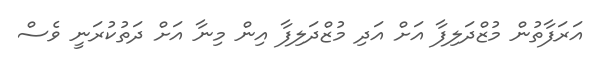
އަރަފާތުން މުޒްދަލިފާ އަށް އަދި މުޒްދަލިފާ އިން މިނާ އަށް ދަތުކުރަނީ ވެސް